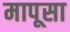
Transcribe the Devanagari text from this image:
मापूसा